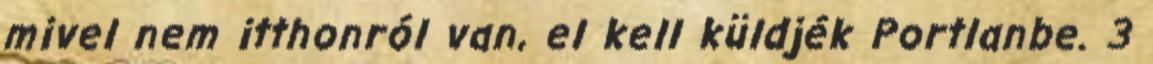
mivel nem itthonról van, el kell küldjék Portlanbe. 3